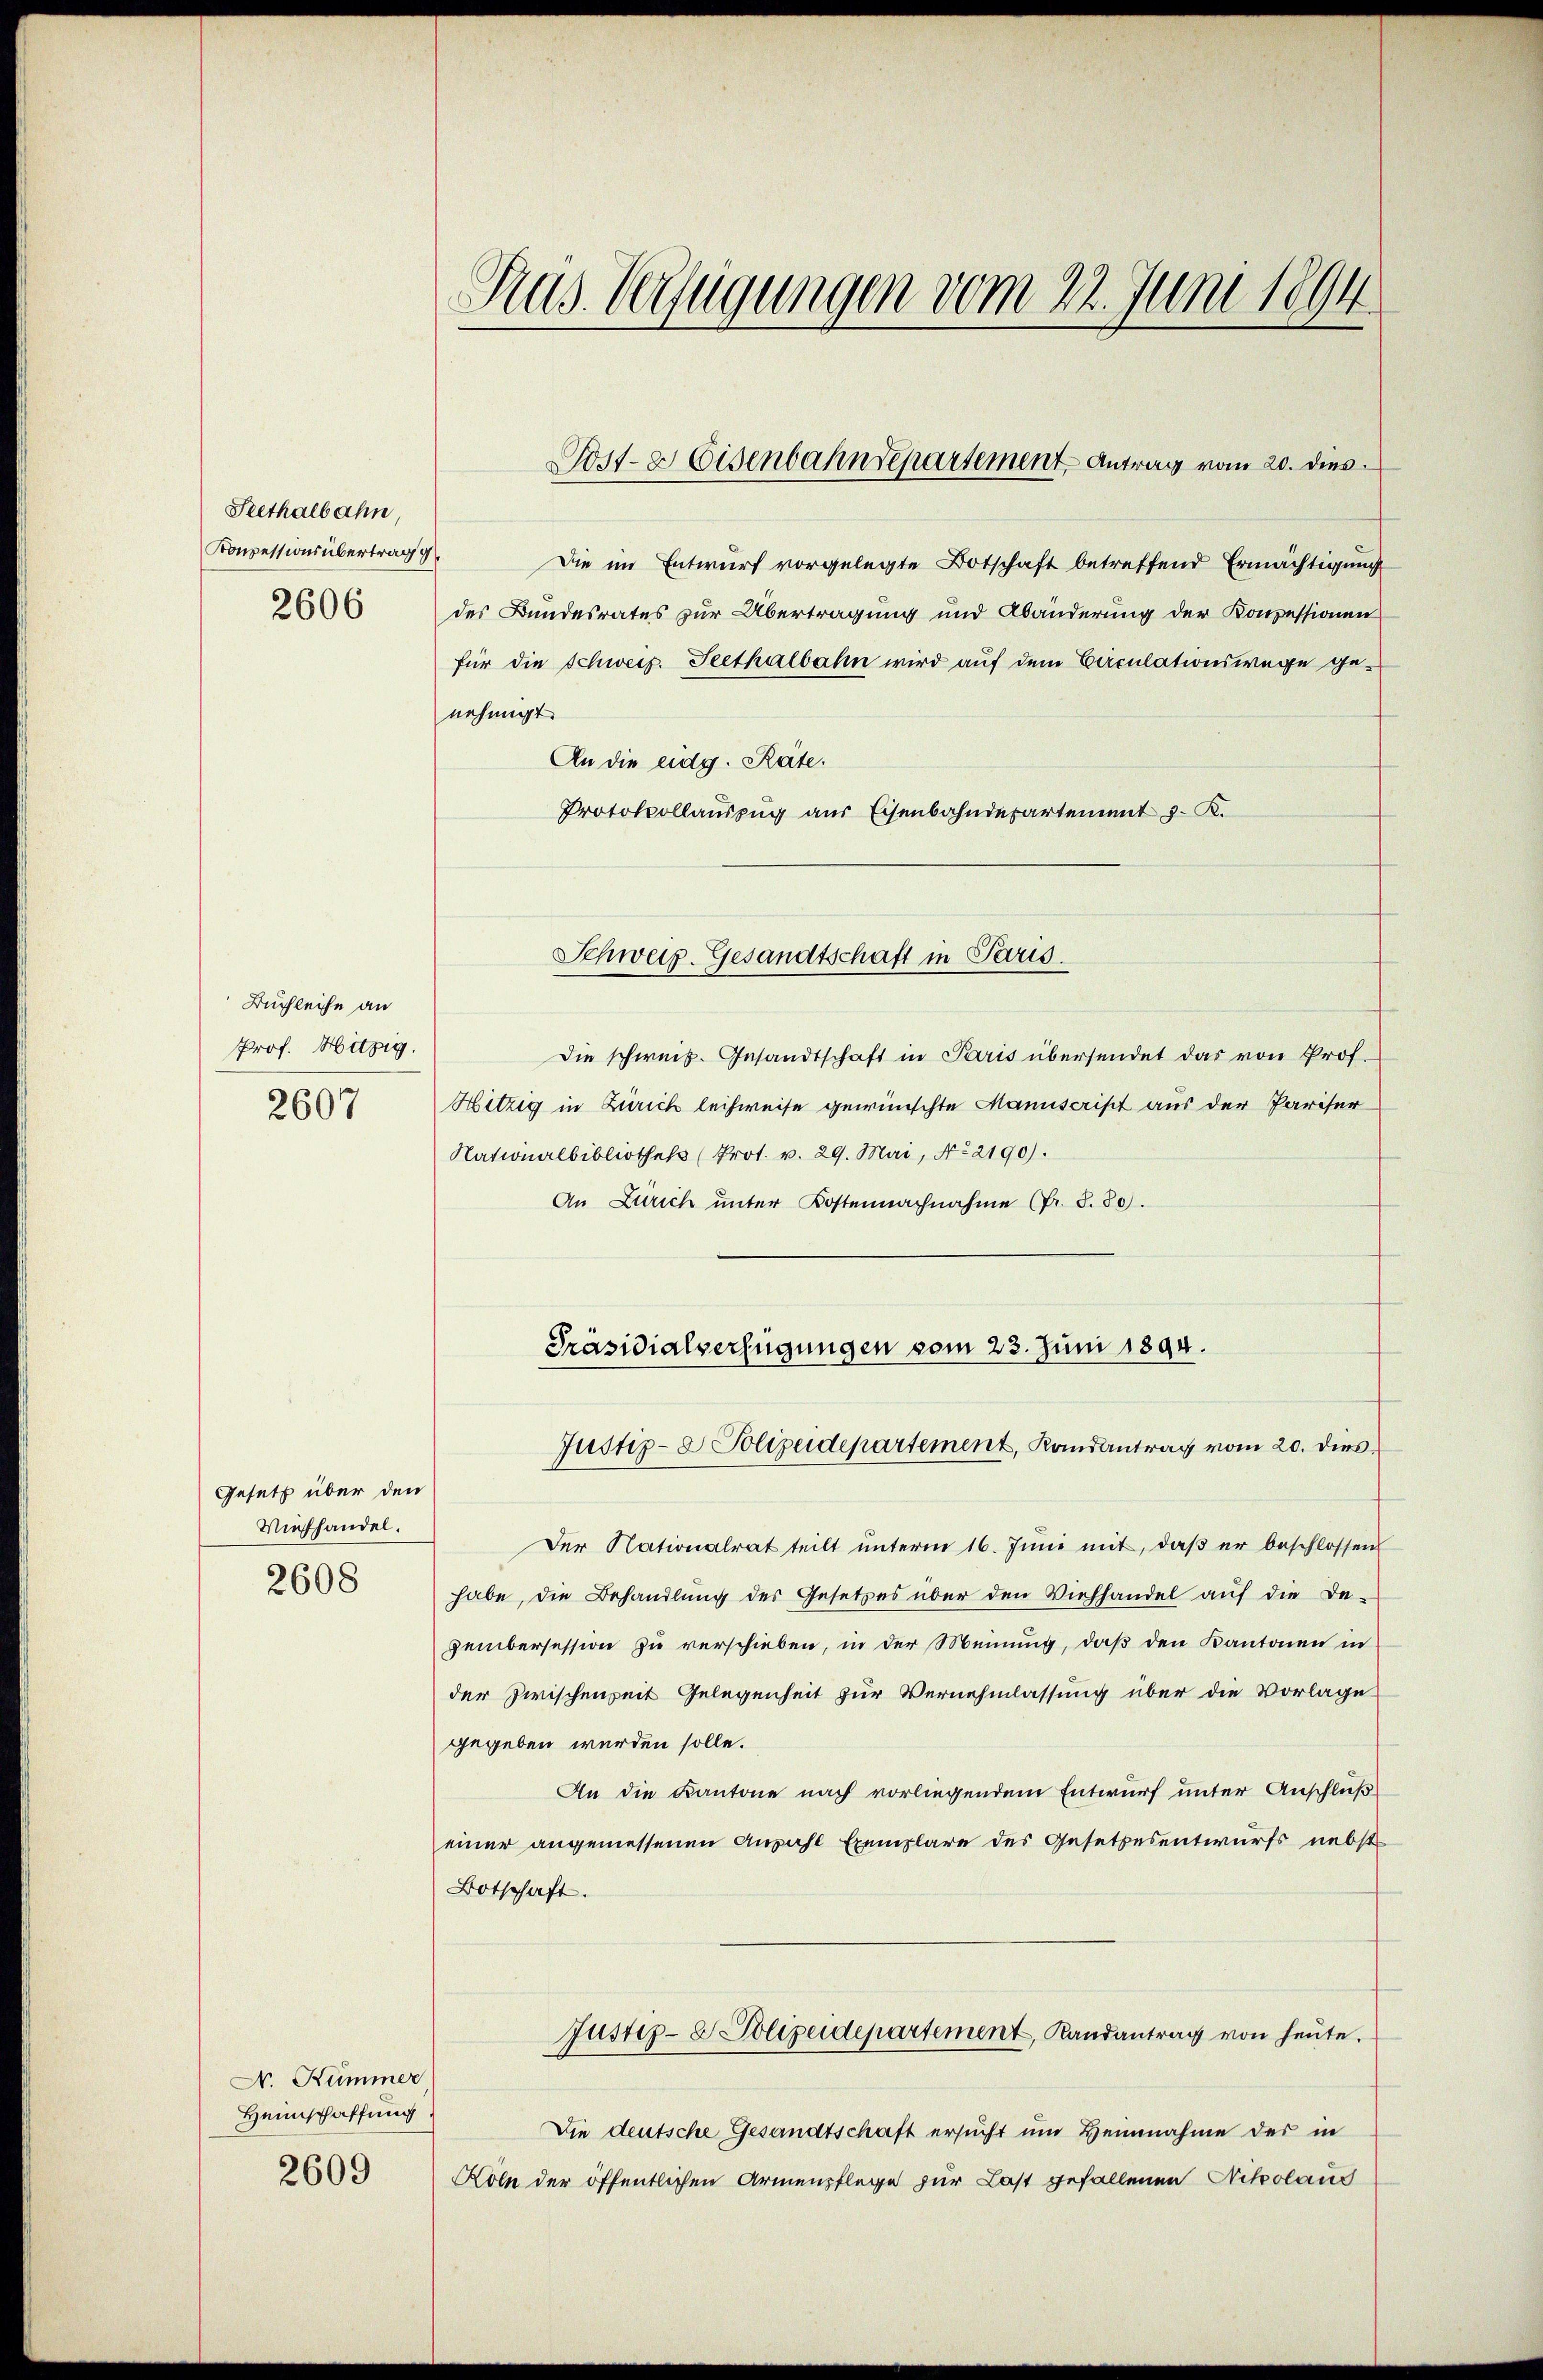
Frethalbahn,
Konzessionsübertrag g
2606

Buchleihe an
Prof. Hitzig.
2607

Gesetz über den
Viehhandel.

N. Kummer
Heimschaffung.
2609

Gras Verfügungen vom 22. Juni 1894

Post- & Eisenbahndepartement Antrag vom 20. dies

Die im Entwurf vorgelegte Botschaft betreffend Ermächtigung
des Bundesrates zur Übertragung und Abänderung der Konzessionen
für die Schweiz. Seethalbahn wird auf dem Circulationswege ge-
nehmigt.
An die eidg. Räte.
Protokollauszug aus Eisenbahndepartement z. K.

Schweiz. Gesandtschaft in Paris.

Die schweiz. Gesandtschaft in Paris übersendet das von Prof.
Hitzig in Zürich leihweise gewünschte Manuscript aus der Pariser
Nationalbibliothek (Prot. v. 29. Mai, No 2190).
An Zürich unter Kostennachnahme (fr. S. 80.

Präsidialverfügungen vom 23. Juni 1894.
Justiz- & Polizeidepartement, Randantrag vom 20. dies

Der Nationalrat teilt ŭnterm 16. Jŭni mit, daβ er beschlossen
63 habe, die Behandlŭng der Gesetzes über den Viehhandel aŭf die De-
zembersession zu verschieben, in der Meinung, daß den Kantonen in
der Zwischenheit Gelegenheit zur Vernehmlassung über die Vorlage
gegeben werden solle.
An die Kantone nach vorliegendem Entwurf unter Anschluß
einer angemessenen Anzahl Exemplare des Gesetzesentwurfs nebst
Botschaft.
Justiz- & Polizeidepartement, Randantrag von heute.
Die deutsche Gesandtschaft ersucht um Heimnahme des in
Koln der öffentlichen Armenpflege zur Last gefallenen Nikolaus